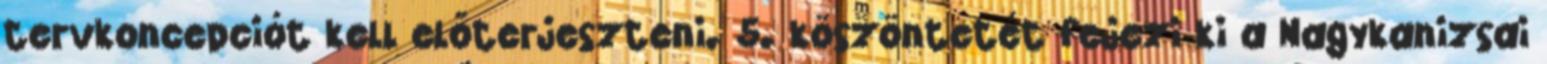
tervkoncepciót kell előterjeszteni. 5. köszöntetét fejezi ki a Nagykanizsai